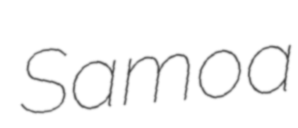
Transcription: Samoa